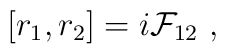
[r_1, r_2]= i {\cal F}_{12}~,